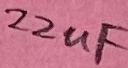
Text: 22uF